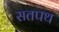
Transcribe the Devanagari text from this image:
सतपथ